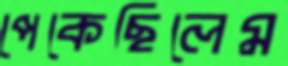
পেকেছিলেম